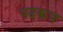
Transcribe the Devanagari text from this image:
पदरूप